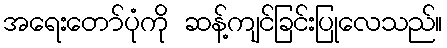
အရေးတော်ပုံကို ဆန့်ကျင်ခြင်းပြုလေသည်။